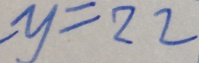
- y = 2 2